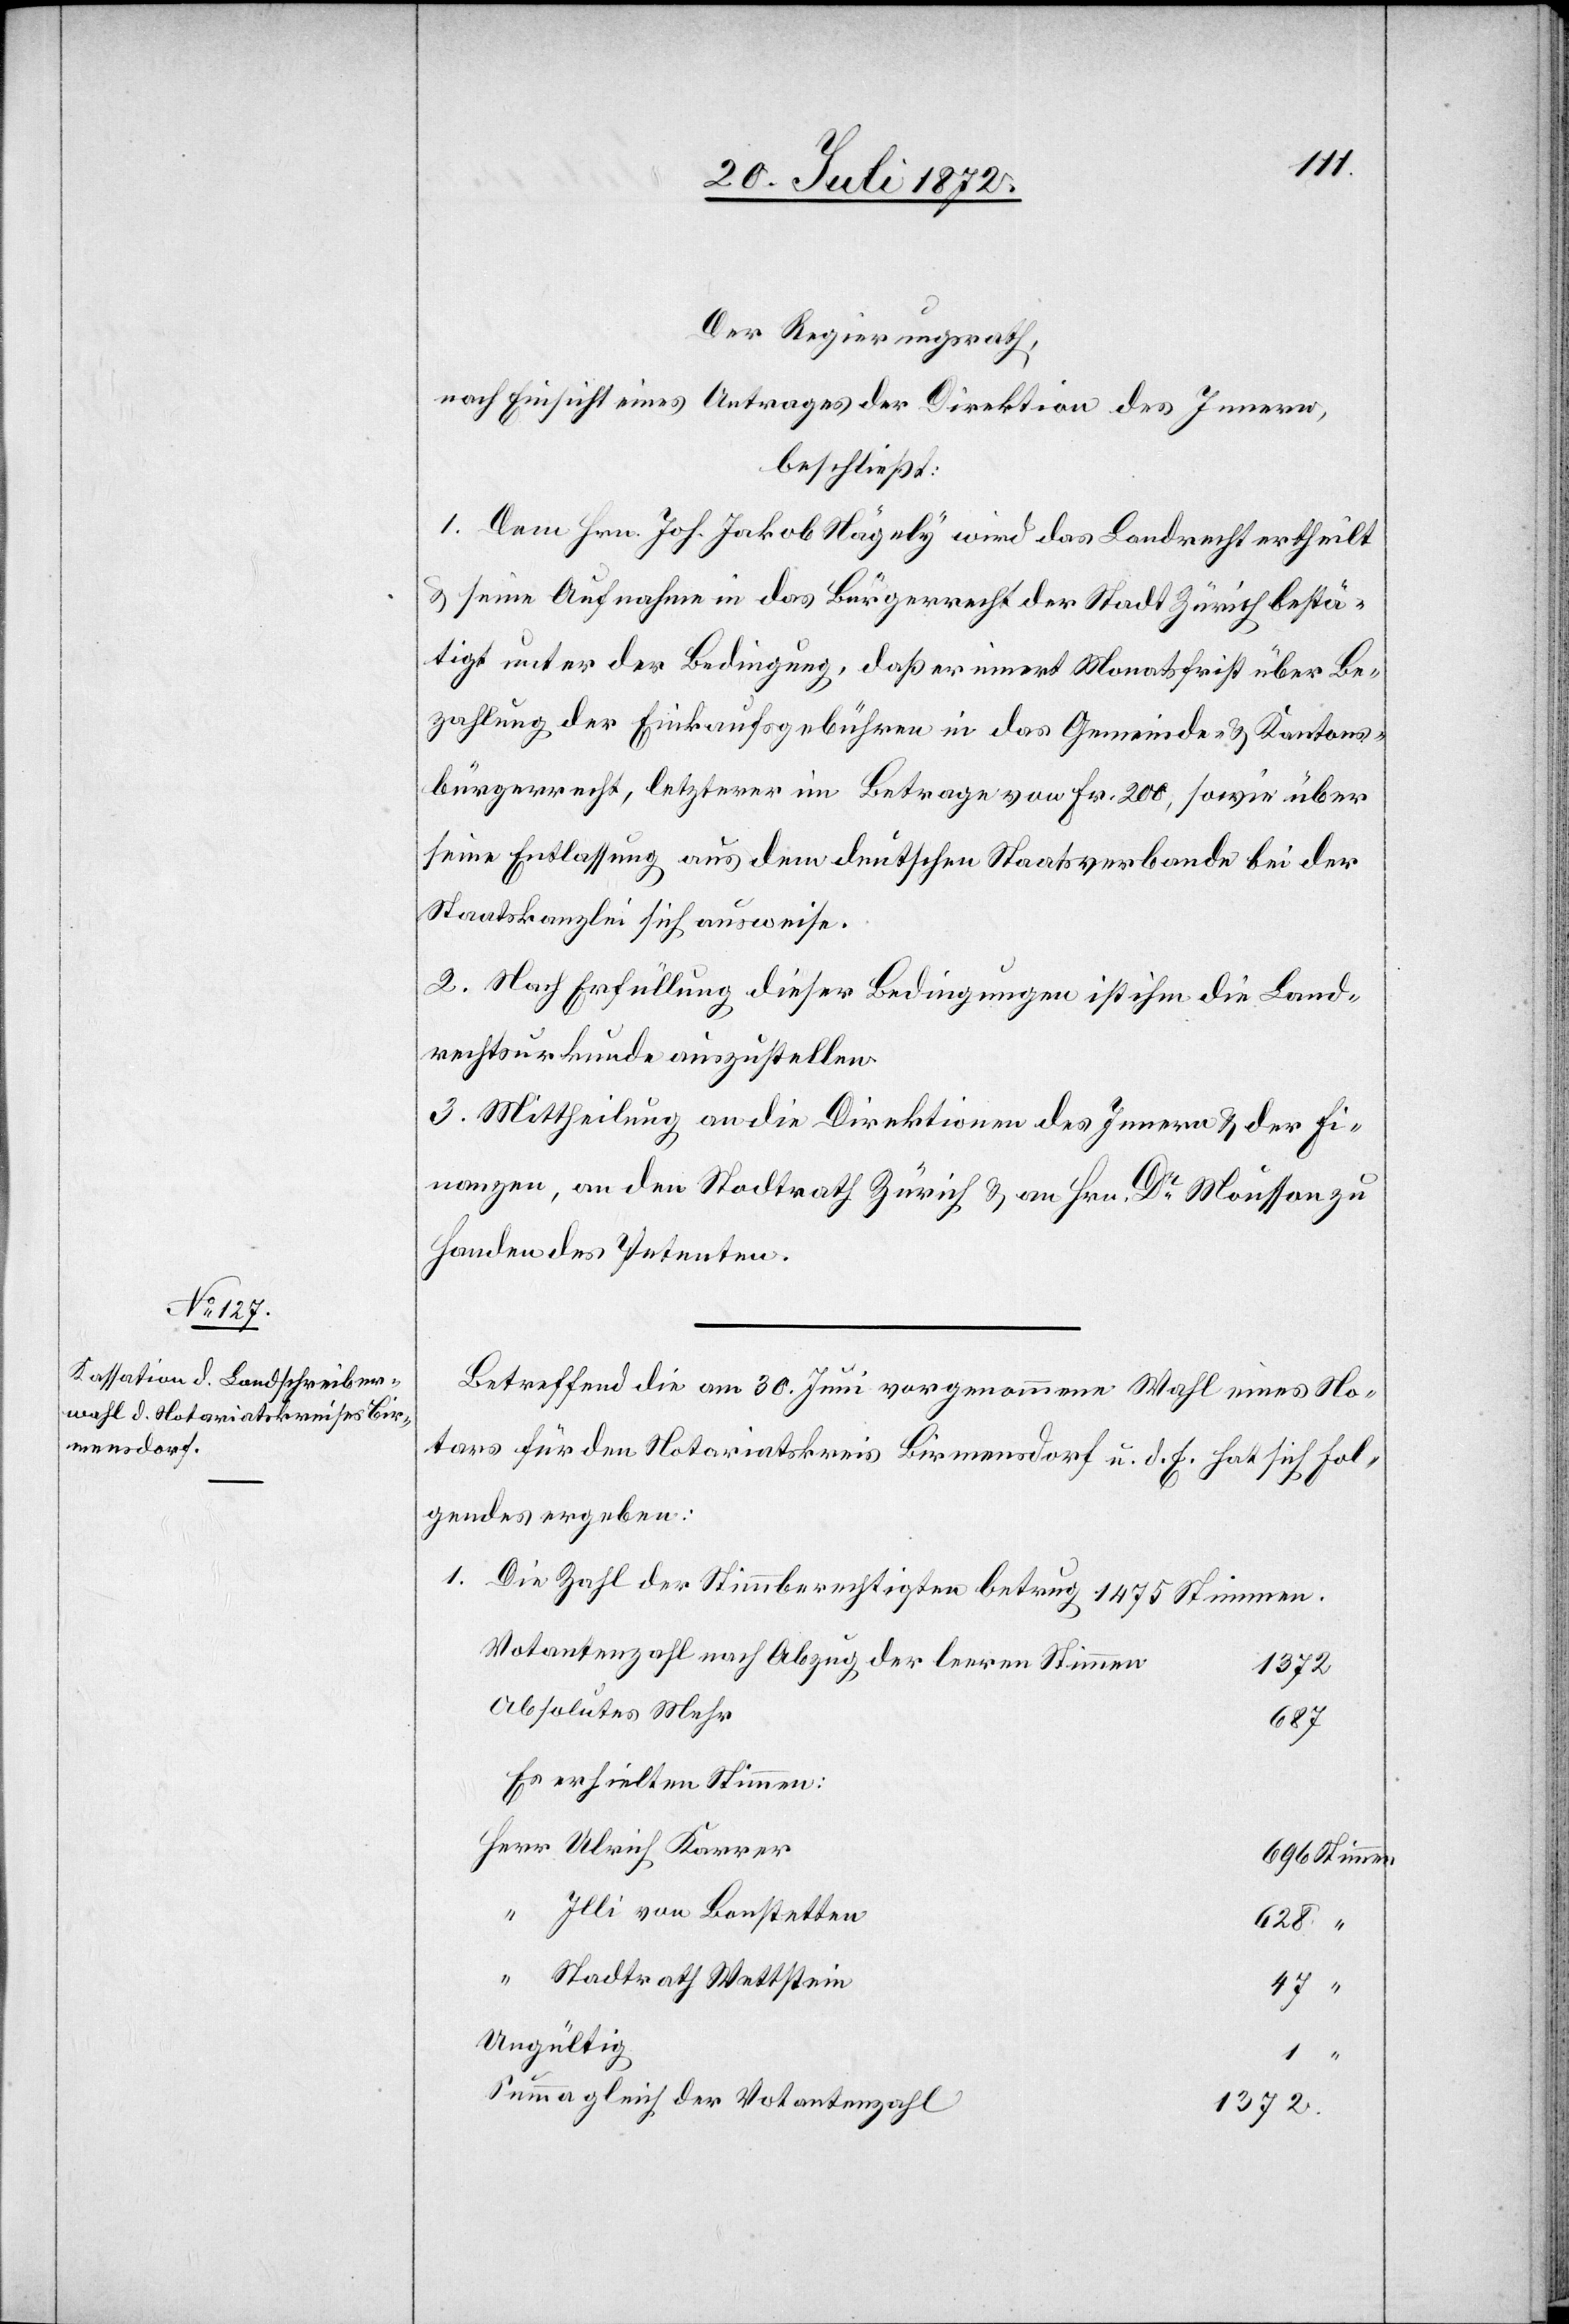
betrug

Der Regierungsrath,
nach Einsicht eines Antrages der Direktion des Innern,
beschließt:
1. Dem Hrn. Joh. Jakob Nägely wird das Landrecht ertheilt
u. seine Aufnahme in das Bürgerrecht der Stadt Zürich bestä¬
tigt unter der Bedingung, daß er innert Monatsfrist über Be¬
zahlung der Einkaufsgebühren in das Gemeinde- u. Kantons¬
bürgerrecht, letzterer im Betrage von Fr. 200, sowie über
seine Entlassung aus dem deutschen Staatsverbande bei der
Staatskanzlei sich ausweise.
2. Nach Erfüllung dieser Bedingungen ist ihm die Land¬
rechtsurkunde auszustellen.
3. Mittheilung an die Direktionen des Innern u. der Fi¬
nanzen, an den Stadtrath Zürich u. an Hrn. Dr Mousson zu
Handen des Petenten.
Betreffend die am 30. Juni vorgenommene Wahl eines No¬
tars für den Notariatskreis Birmensdorf u. d. E. hat sich fol¬
gendes ergeben:
Votantenzahl nach Abzug der leeren Stimmen
1372
Absolutes Mehr
687
Es erhielten Stimmen:
Herr Ulrich Karrer
696 Stimmen.
“ Illi von Bonstetten
628 “
“ Stadtrath Wettstein
47 “
Ungültig
1
“
Summa gleich der Votantenzahl
1372.